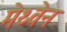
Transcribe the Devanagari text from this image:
मेथ्वेन